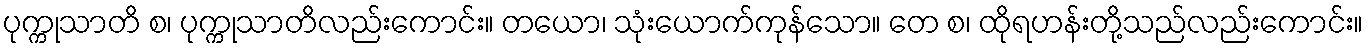
ပုက္ကုသာတိ စ၊ ပုက္ကုသာတိလည်းကောင်း။ တယော၊ သုံးယောက်ကုန်သော။ တေ စ၊ ထိုရဟန်းတို့သည်လည်းကောင်း။